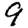
Digit: 9